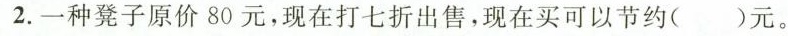
2.一种凳子原价80元，现在打七折出售，现在买可以节约()元。